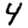
Digit: 4